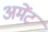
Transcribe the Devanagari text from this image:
अमेंट